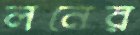
লনের